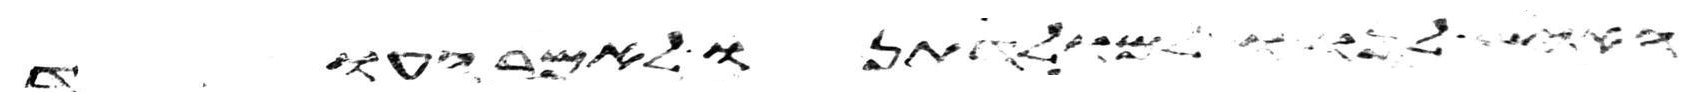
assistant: האיש לנו ולמולדתנו לאמר העוד